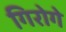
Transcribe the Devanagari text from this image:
गिरोगे